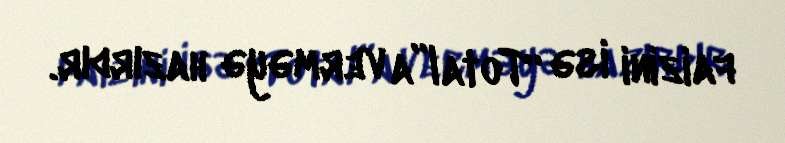
faizini isə “Total”a verməyə hazırdır.